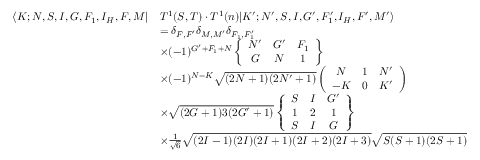
\begin{array} { r l } { \langle K ; N , S , I , G , F _ { 1 } , I _ { H } , F , M | } & { T ^ { 1 } ( S , T ) \cdot T ^ { 1 } ( n ) | K ^ { \prime } ; N ^ { \prime } , S , I , G ^ { \prime } , F _ { 1 } ^ { \prime } , I _ { H } , F ^ { \prime } , M ^ { \prime } \rangle } \\ & { = \delta _ { F , F ^ { \prime } } \delta _ { M , M ^ { \prime } } \delta _ { F _ { 1 } , F _ { 1 } ^ { \prime } } } \\ & { \times ( - 1 ) ^ { G ^ { \prime } + F _ { 1 } + N } \left\{ \begin{array} { c c c } { N ^ { \prime } } & { G ^ { \prime } } & { F _ { 1 } } \\ { G } & { N } & { 1 } \end{array} \right\} } \\ & { \times ( - 1 ) ^ { N - K } \sqrt { ( 2 N + 1 ) ( 2 N ^ { \prime } + 1 ) } \left( \begin{array} { c c c } { N } & { 1 } & { N ^ { \prime } } \\ { - K } & { 0 } & { K ^ { \prime } } \end{array} \right) } \\ & { \times \sqrt { ( 2 G + 1 ) 3 ( 2 G ^ { \prime } + 1 ) } \left\{ \begin{array} { c c c } { S } & { I } & { G ^ { \prime } } \\ { 1 } & { 2 } & { 1 } \\ { S } & { I } & { G } \end{array} \right\} } \\ & { \times \frac { 1 } { \sqrt { 6 } } \sqrt { ( 2 I - 1 ) ( 2 I ) ( 2 I + 1 ) ( 2 I + 2 ) ( 2 I + 3 ) } \sqrt { S ( S + 1 ) ( 2 S + 1 ) } } \end{array}